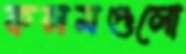
কলমগুলো